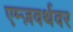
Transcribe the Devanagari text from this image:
एम्ज़वर्थवर